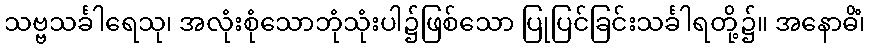
သဗ္ဗသင်္ခါရေသု၊ အလုံးစုံသောဘုံသုံးပါ၌ဖြစ်သော ပြုပြင်ခြင်းသင်္ခါရတို့၌။ အနောဓိံ၊